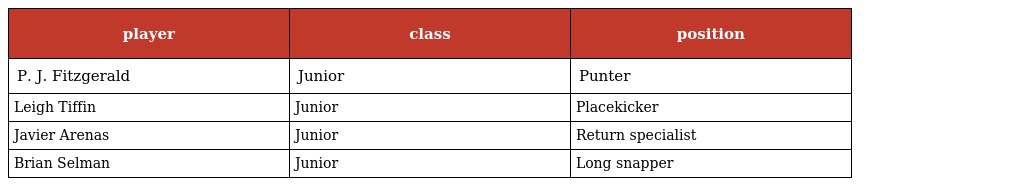
| player | class | position |
 | --- | --- | --- |
 | P. J. Fitzgerald | Junior | Punter |
 | Leigh Tiffin | Junior | Placekicker |
 | Javier Arenas | Junior | Return specialist |
 | Brian Selman | Junior | Long snapper |